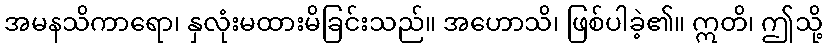
အမနသိကာရော၊ နှလုံးမထားမိခြင်းသည်။ အဟောသိ၊ ဖြစ်ပါခဲ့၏။ ဣတိ၊ ဤသို့